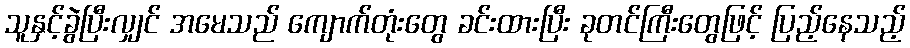
သူနှင့်ခွဲပြီးလျှင် အမေသည် ကျောက်တုံးတွေ ခင်းထားပြီး ခုတင်ကြီးတွေဖြင့် ပြည့်နေသည့်